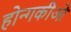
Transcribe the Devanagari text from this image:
होन्गकीओ